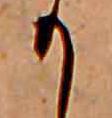
か